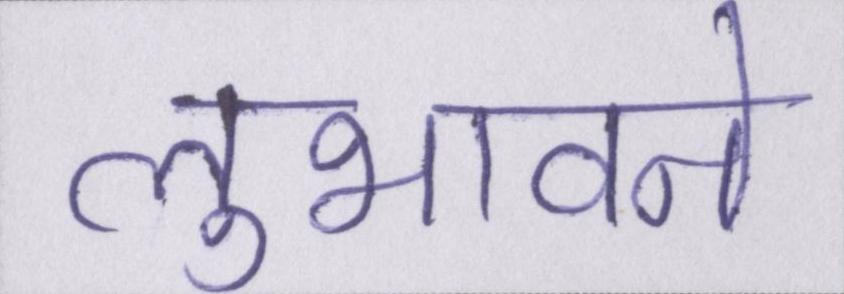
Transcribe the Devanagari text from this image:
लुभावने